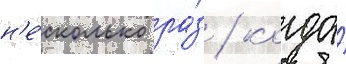
н'е́сколько ра́з / когда́